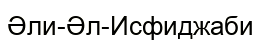
Әли-Әл-Исфиджаби